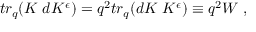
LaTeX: t r _ { q } ( K \; d K ^ { \epsilon } ) = q ^ { 2 } t r _ { q } ( d K \; K ^ { \epsilon } ) \equiv q ^ { 2 } W \; ,